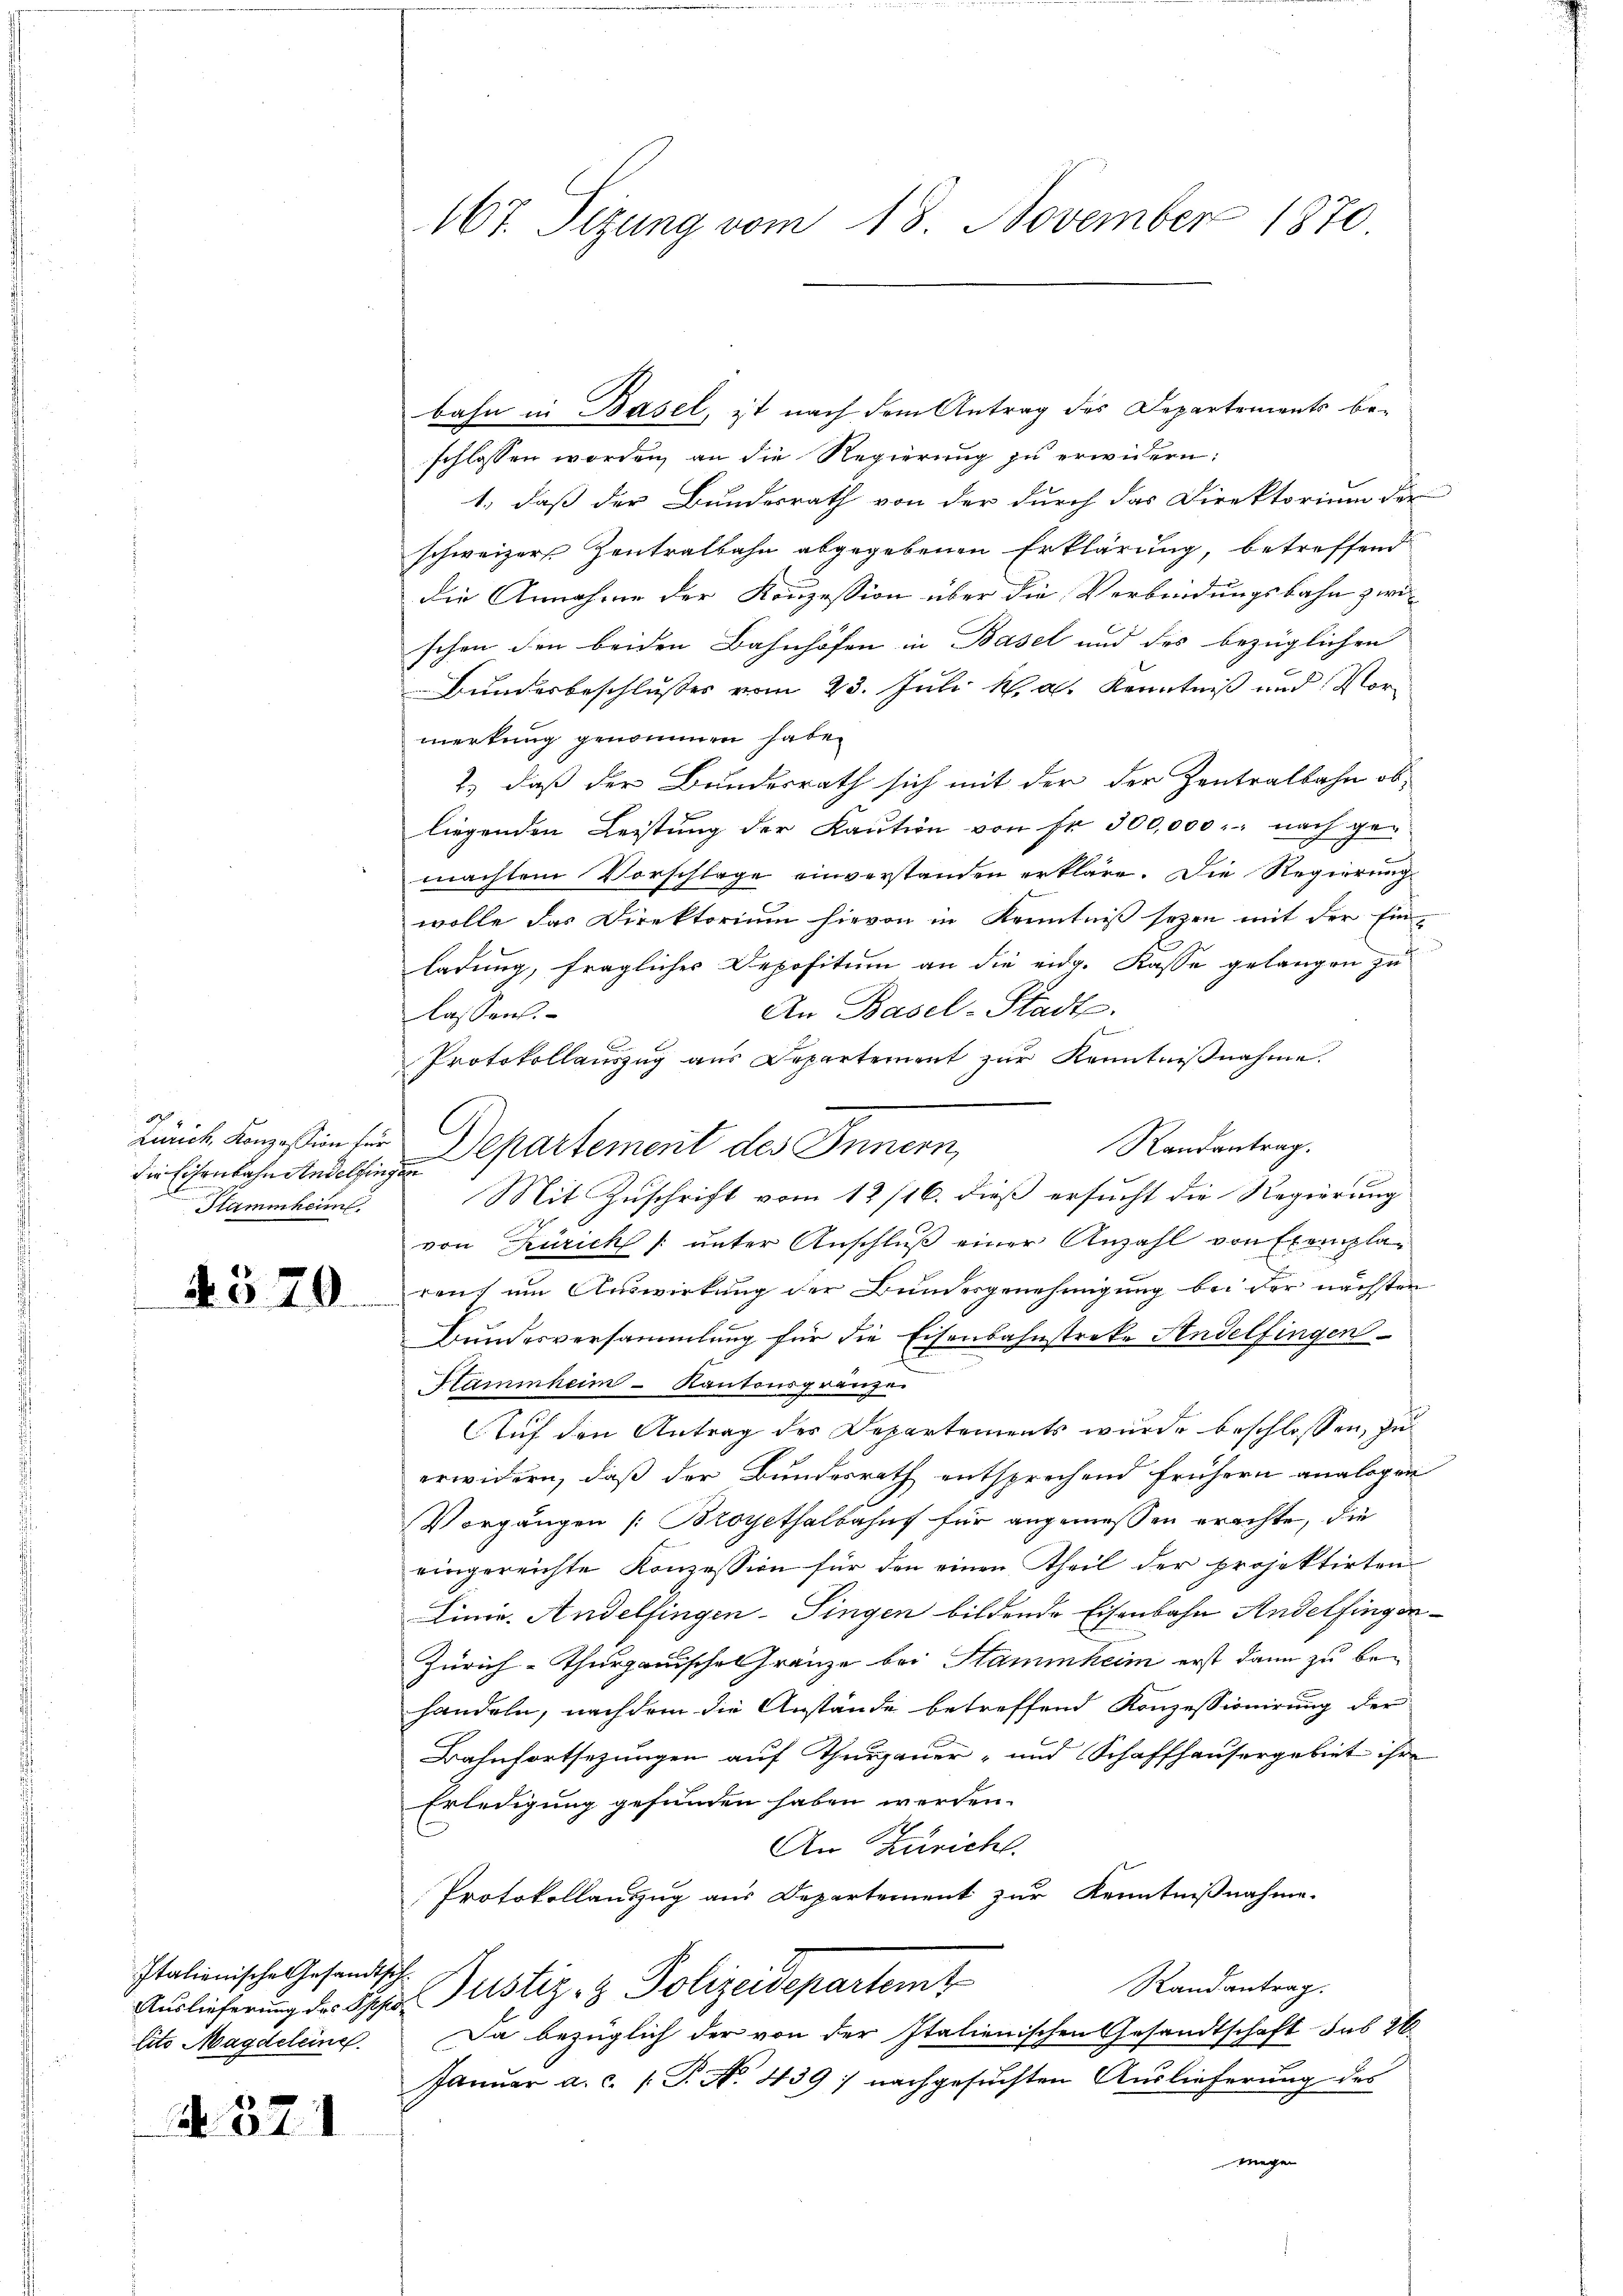
die Eisenbahn Andelfingen
Stammheim

4570.

Italienische Gesandtsch¬

R. 321

167. Sizung vom 18. November 1870

bahn in Basel, ist nach dem Antrag des Departements be-
schlossen worden, an die Regierung zu erwidern:
1., daß der Bundesrath von der durch das Direktorium der
schweizer Zentralbahn abgegebenen Erklärung, betreffend
die Annahme der Konzession über die Verbindungsbahn zwi-
schen den beiden Bahnhöfen in Basel und des bezüglichen
Bundesbeschlusses vom 23. Juli K. A. Kenntniß und Vormerkung genommen habe.
2.) daß der Bundesrath sich mit der der Zentralbahn obliegenden Leistung der Kaution von Fr. 300,000. nach gemachten Vorschläge einverstanden erkläre. Die Regierungs
wolle das Direktorium hievon in Kenntniß seyen mit der Ein-
ladung, fragliches Depositum an die eidg. Kasse gelangen zu
An Basel-Stadts.
lassen.
f
Protokollauszug aus Departement zur Kenntnißnahme.
Randantrag.
Mit Zuschrift vom 12/16. dieß ersucht die Regierung
von Zürich /: unter Anschluß einer Anzahl von Exemplaren; um Auswirkung der Bundesgenehmigung bei der nächsten
Bundesversammlung für die Eisenbahnstreke Andelfingen
Flammheim - Kantonsgränze
Auf den Antrag der Departements wurde beschlossen, zu
erwidern, daß der Bundesrath entsprechend frühern analogen
Vorgängen (Broyethalbahns für angemessen erachte, die
eingereichte Konzession für den einen Theil der projektirten
Linie. Andelfingen-Singen bildende Eisenbahn Andelfingen
Zürich-Thurgauische Gränze bei Stammheim erst dann zu behandeln, nachdem die Anstände betreffend Konzessionirung der
Bahnfortsezungen auf Thurgauer- und Schaffhausergebiet ihre
Erledigung gefunden haben werden.
An Züricht.
Protokollauszug aus Departement zur Kenntnißnahme.
Randantrag.
Auslieferung des Opfer Justiz - Polizeidepartemt
lito Magdeleine. Da bezüglich der von der Italienischen Gesandtschaft sub 26
Januar a.c. (T. No. 439 : nachgesuchten Auslieferung des
megen

C
rünch, Konzession für Departement des Innern,